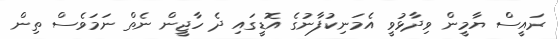
ރައީސް ޔާމީން ވިދާޅުވީ އެމަނިކުފާނުގެ އޮޑީގައި ދެ ހާޖީން ނެތް ނަމަވެސް ތިން